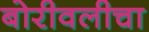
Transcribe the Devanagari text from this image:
बोरीवलीचा